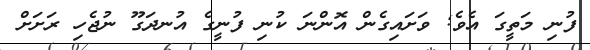
ފުނި މަތީގަ އެވެ; ވަށައިގެން އޮންނަ ކުނި ފުނީގެ އުނދަގޫ ނުޖެހި ރަށަށް